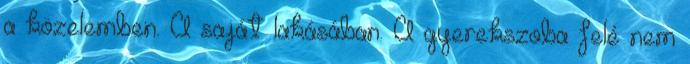
a közelemben. A saját lakásában. A gyerekszoba felé nem